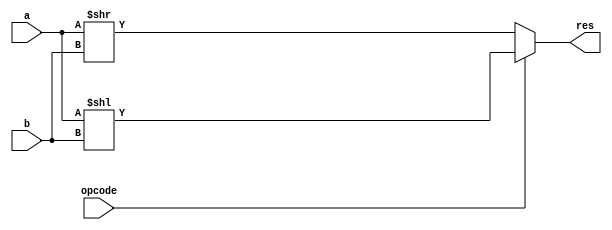
`timescale 1ns / 1ps

// Jonah Meggs 2022
// Jonah's Guide to Verilog Chapter 4 - shifter.v
// 8 bit shifter

module shifter(
	input opcode,
	input [7:0] a,
	input [7:0] b,
	output reg [7:0] res
    );

always@(a, b, opcode) begin
	if (opcode == 1) res <= a << b;
	else res <= a >> b;
end

endmodule